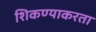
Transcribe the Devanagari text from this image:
शिकण्याकरता